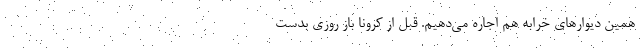
همین دیوارهای خرابه هم اجاره می‌دهیم. قبل از کرونا باز روزی بدست